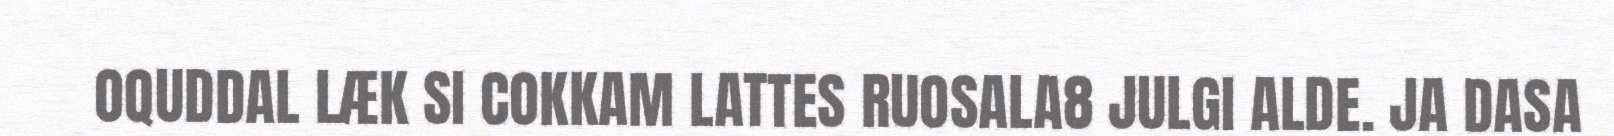
OQUDDAL LÆK SI COKKAM LATTES RUOSALA8 JULGI ALDE. JA DASA